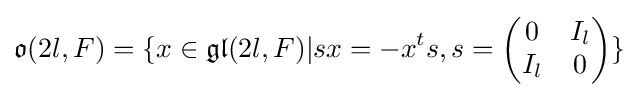
{\mathfrak {o}}(2l,F)=\{x\in {\mathfrak {gl}}(2l,F)|sx=-x^{t}s,s={\begin{pmatrix}0&I_{l}\\I_{l}&0\end{pmatrix}}\}